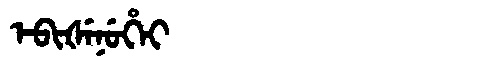
Manchu: ᡝᠪᡳᡧᡝᠨᡠᡥᡝᡳ
Romanization: EBIŠENUHEI